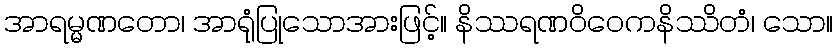
အာရမ္မဏတော၊ အာရုံပြုသောအားဖြင့်။ နိဿရဏဝိဝေကနိဿိတံ၊ သော။